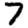
Digit: 7